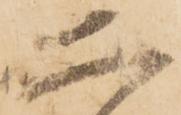
二